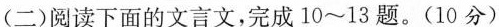
( 二 )阅读下面的文言文，完成10~13题。(10分)